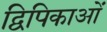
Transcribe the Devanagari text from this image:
द्विपिकाओं